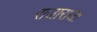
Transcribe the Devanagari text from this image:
राजाराजा